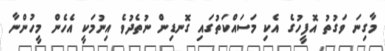
މާގިނަ ވަގުތު އޮފީހުގެ އެކި މަސައްކަތުގައި ގޮނޑިން ނުތެދުވެ އިނުމަކީ އެހެން މީހުންނާ